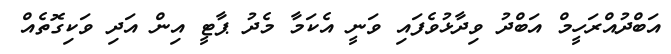
އަބްދުއްރަހީމް އަބްދު ވިދާޅުވެފައި ވަނީ އެކަމާ މެދު ޕާޓީ އިން އަދި ވަކިގޮތެއް